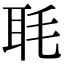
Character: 毦